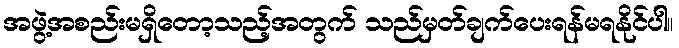
အဖွဲ့အစည်းမရှိတော့သည့်အတွက် သည်မှတ်ချက်ပေးရန်မရနိုင်ပါ။